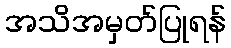
အသိအမှတ်ပြုရန်